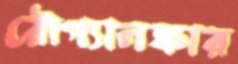
রৌপ্যালঙ্কার